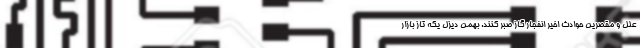
علل و مقصرین حوادث اخیر انفجار گاز صبر کنند. بهمن دیزل یکه تاز بازار